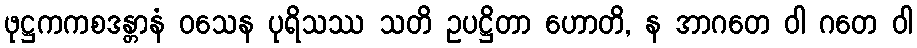
ဖုဋ္ဌကကစဒန္တာနံ ဝသေန ပုရိသဿ သတိ ဥပဋ္ဌိတာ ဟောတိ, န အာဂတေ ဝါ ဂတေ ဝါ